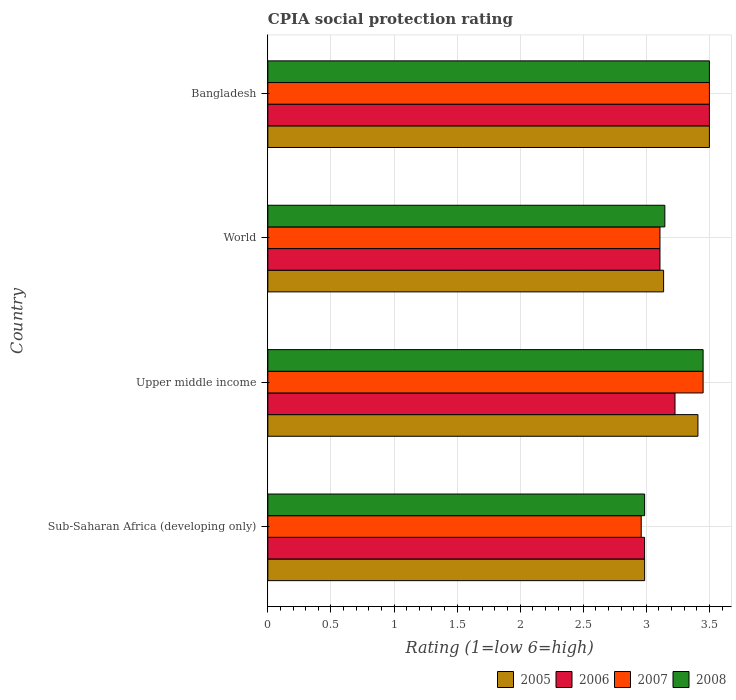
| Country | 2005 | 2006 | 2007 | 2008 |
 | --- | --- | --- | --- | --- |
 | Sub-Saharan Africa (developing only) | 2.99 | 2.99 | 2.96 | 2.99 |
 | Upper middle income | 3.41 | 3.23 | 3.45 | 3.45 |
 | World | 3.14 | 3.11 | 3.11 | 3.15 |
 | Bangladesh | 3.5 | 3.5 | 3.5 | 3.5 |